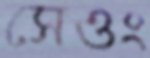
সেওং